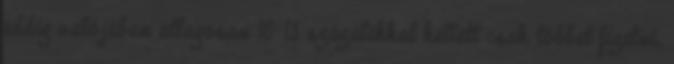
eddig valójában átlagosan 10-15 százalékkal kellett csak többet fizetni,